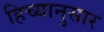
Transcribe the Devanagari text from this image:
हिच्यानुसार